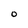
Character: O